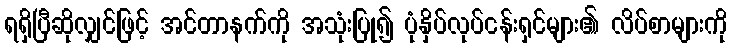
ရရှိပြီဆိုလျှင်ဖြင့် အင်တာနက်ကို အသုံးပြု၍ ပုံနှိပ်လုပ်ငန်းရှင်များ၏ လိပ်စာများကို